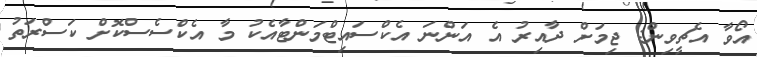
އޯވާ އެޗީވިން: ޖިމަށް ދާއިރު އެ އަންނަ އެކްސައިޓްމަންޓާއެކު މާ އެކްސެސްކޮށް ކަސްރަތު